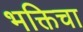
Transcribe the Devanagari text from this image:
भक्तिचा